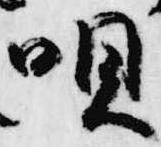
唄